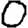
Digit: 0